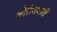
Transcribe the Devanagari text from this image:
कोरोनादर्शी